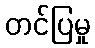
တင်ပြမှု